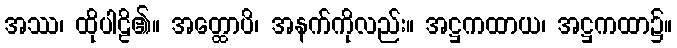
အဿ၊ ထိုပါဠိ၏။ အတ္ထောပိ၊ အနက်ကိုလည်း။ အဋ္ဌကထာယ၊ အဋ္ဌကထာ၌။